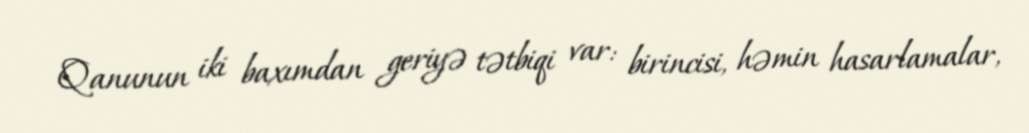
Qanunun iki baxımdan geriyə tətbiqi var: birincisi, həmin hasarlamalar,